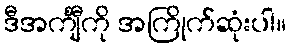
ဒီအင်္ကျီကို အကြိုက်ဆုံးပါ။